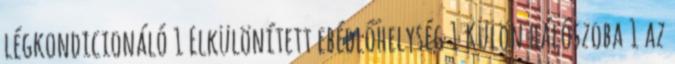
légkondicionáló 1 Elkülönített ebédlőhelység 1 Külön hálószoba 1 az